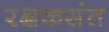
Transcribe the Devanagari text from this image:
रक्षकसंत